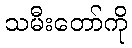
သမီးတော်ကို